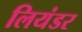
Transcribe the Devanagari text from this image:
लियंडर